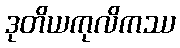
ဒုတိယကုလိကဿ